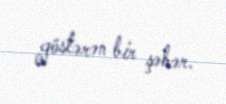
göstərən bir şəhər.